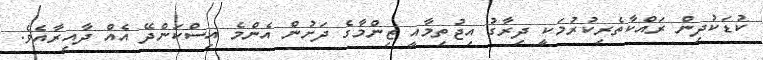
ކުޑަކުދިން ރައްކާތެރިކުރުމަކީ ދިރާގު އިޖުތިމާއީ ޒިންމާގެ ދަށުން އެންމެ އިސްކަންދޭ އެއް ދާއިރާއެވެ.